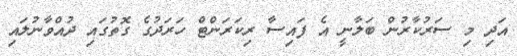
އަދި މި ސަރުކާރުން ބަލާނީ އެ ފައިސާ ރިކަރަންޓް ހަރަދުގެ ގޮތުގައި ދުއްވާނުލައި